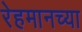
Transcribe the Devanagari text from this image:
रेहमानच्या